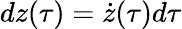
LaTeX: d{z(\tau)}=\dot{z}(\tau)d{\tau}